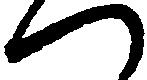
つ